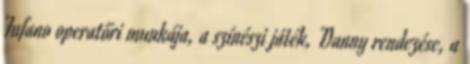
Tufano operatőri munkája, a színészi játék, Danny rendezése, a